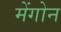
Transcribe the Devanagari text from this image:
मेंगोन